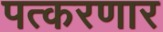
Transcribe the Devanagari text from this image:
पत्करणार